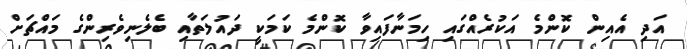
އަދި އެއިން ކޮންމެ އަކުރެއްގައި ހިމަނާފައިވާ ކޮންމެ ކަމަކީ ދައުލަތާއި ބެލެނިވެރިންގެ މައްޗަށް